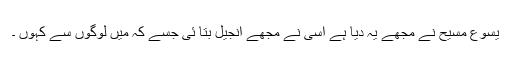
یسوع مسیح نے مجھے یہ دیا ہے اسی نے مجھے انجیل بتا ئی جسے کہ میں لوگوں سے کہوں ۔